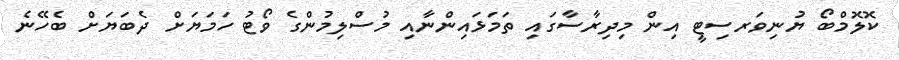
ކޮލޮމްބޯ ޔުނިވަރސިޓީ އިން މިދިރާސާގައި ތަމަޅައިންނާއި މުސްލިމުންގެ ވޯޓު ހަމަޔަށް ދެބަޔަށް ބެހޭނެ